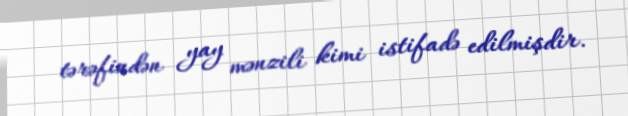
tərəfindən yay mənzili kimi istifadə edilmişdir.